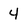
Character: 4